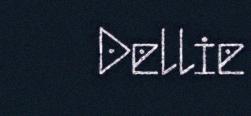
Dellie